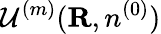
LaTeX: {\cal U}^{(m)}({\mathbf R},n^{(0)})